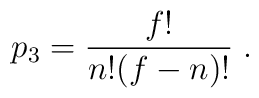
p_3 = { f! \over n!(f-n)!} \;.